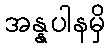
အန္နပါနမှိ